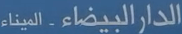
الدار-البيضاء-المين